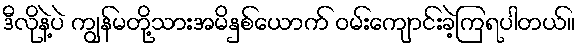
ဒီလိုနဲ့ပဲ ကျွန်မတို့သားအမိနှစ်ယောက် ဝမ်းကျောင်းခဲ့ကြရပါတယ်။